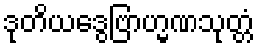
ဒုတိယဒွေဗြာဟ္မဏသုတ္တံ